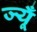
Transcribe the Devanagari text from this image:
ज्यूँ